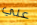
علي